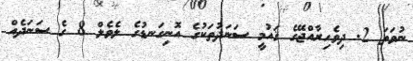
ނުވަތަ 2. ދިވެހިރާއްޖޭގެ ޤައުމީ ސަނަދުތަކުގެ އޮނިގަނޑުގެ ލެވެލް 8 ގެ ސަނަދެއް